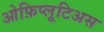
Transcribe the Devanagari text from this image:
ओफ़िप्लूटिअस